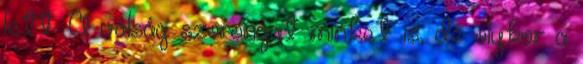
lett. A válság szorongat minket is, de olykor a